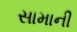
સામાની